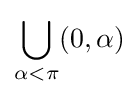
\bigcup _{\alpha <\pi }(0,\alpha )